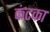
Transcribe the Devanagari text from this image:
कंटका